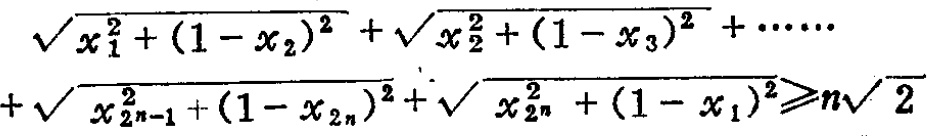
\(\sqrt{x_{1}^{2}+(1 - x_{2})^{2}}+\sqrt{x_{2}^{2}+(1 - x_{3})^{2}}+\cdots\cdots+\sqrt{x_{2n - 1}^{2}+(1 - x_{2n})^{2}}+\sqrt{x_{2n}^{2}+(1 - x_{1})^{2}}\geqslant n\sqrt{2}\)